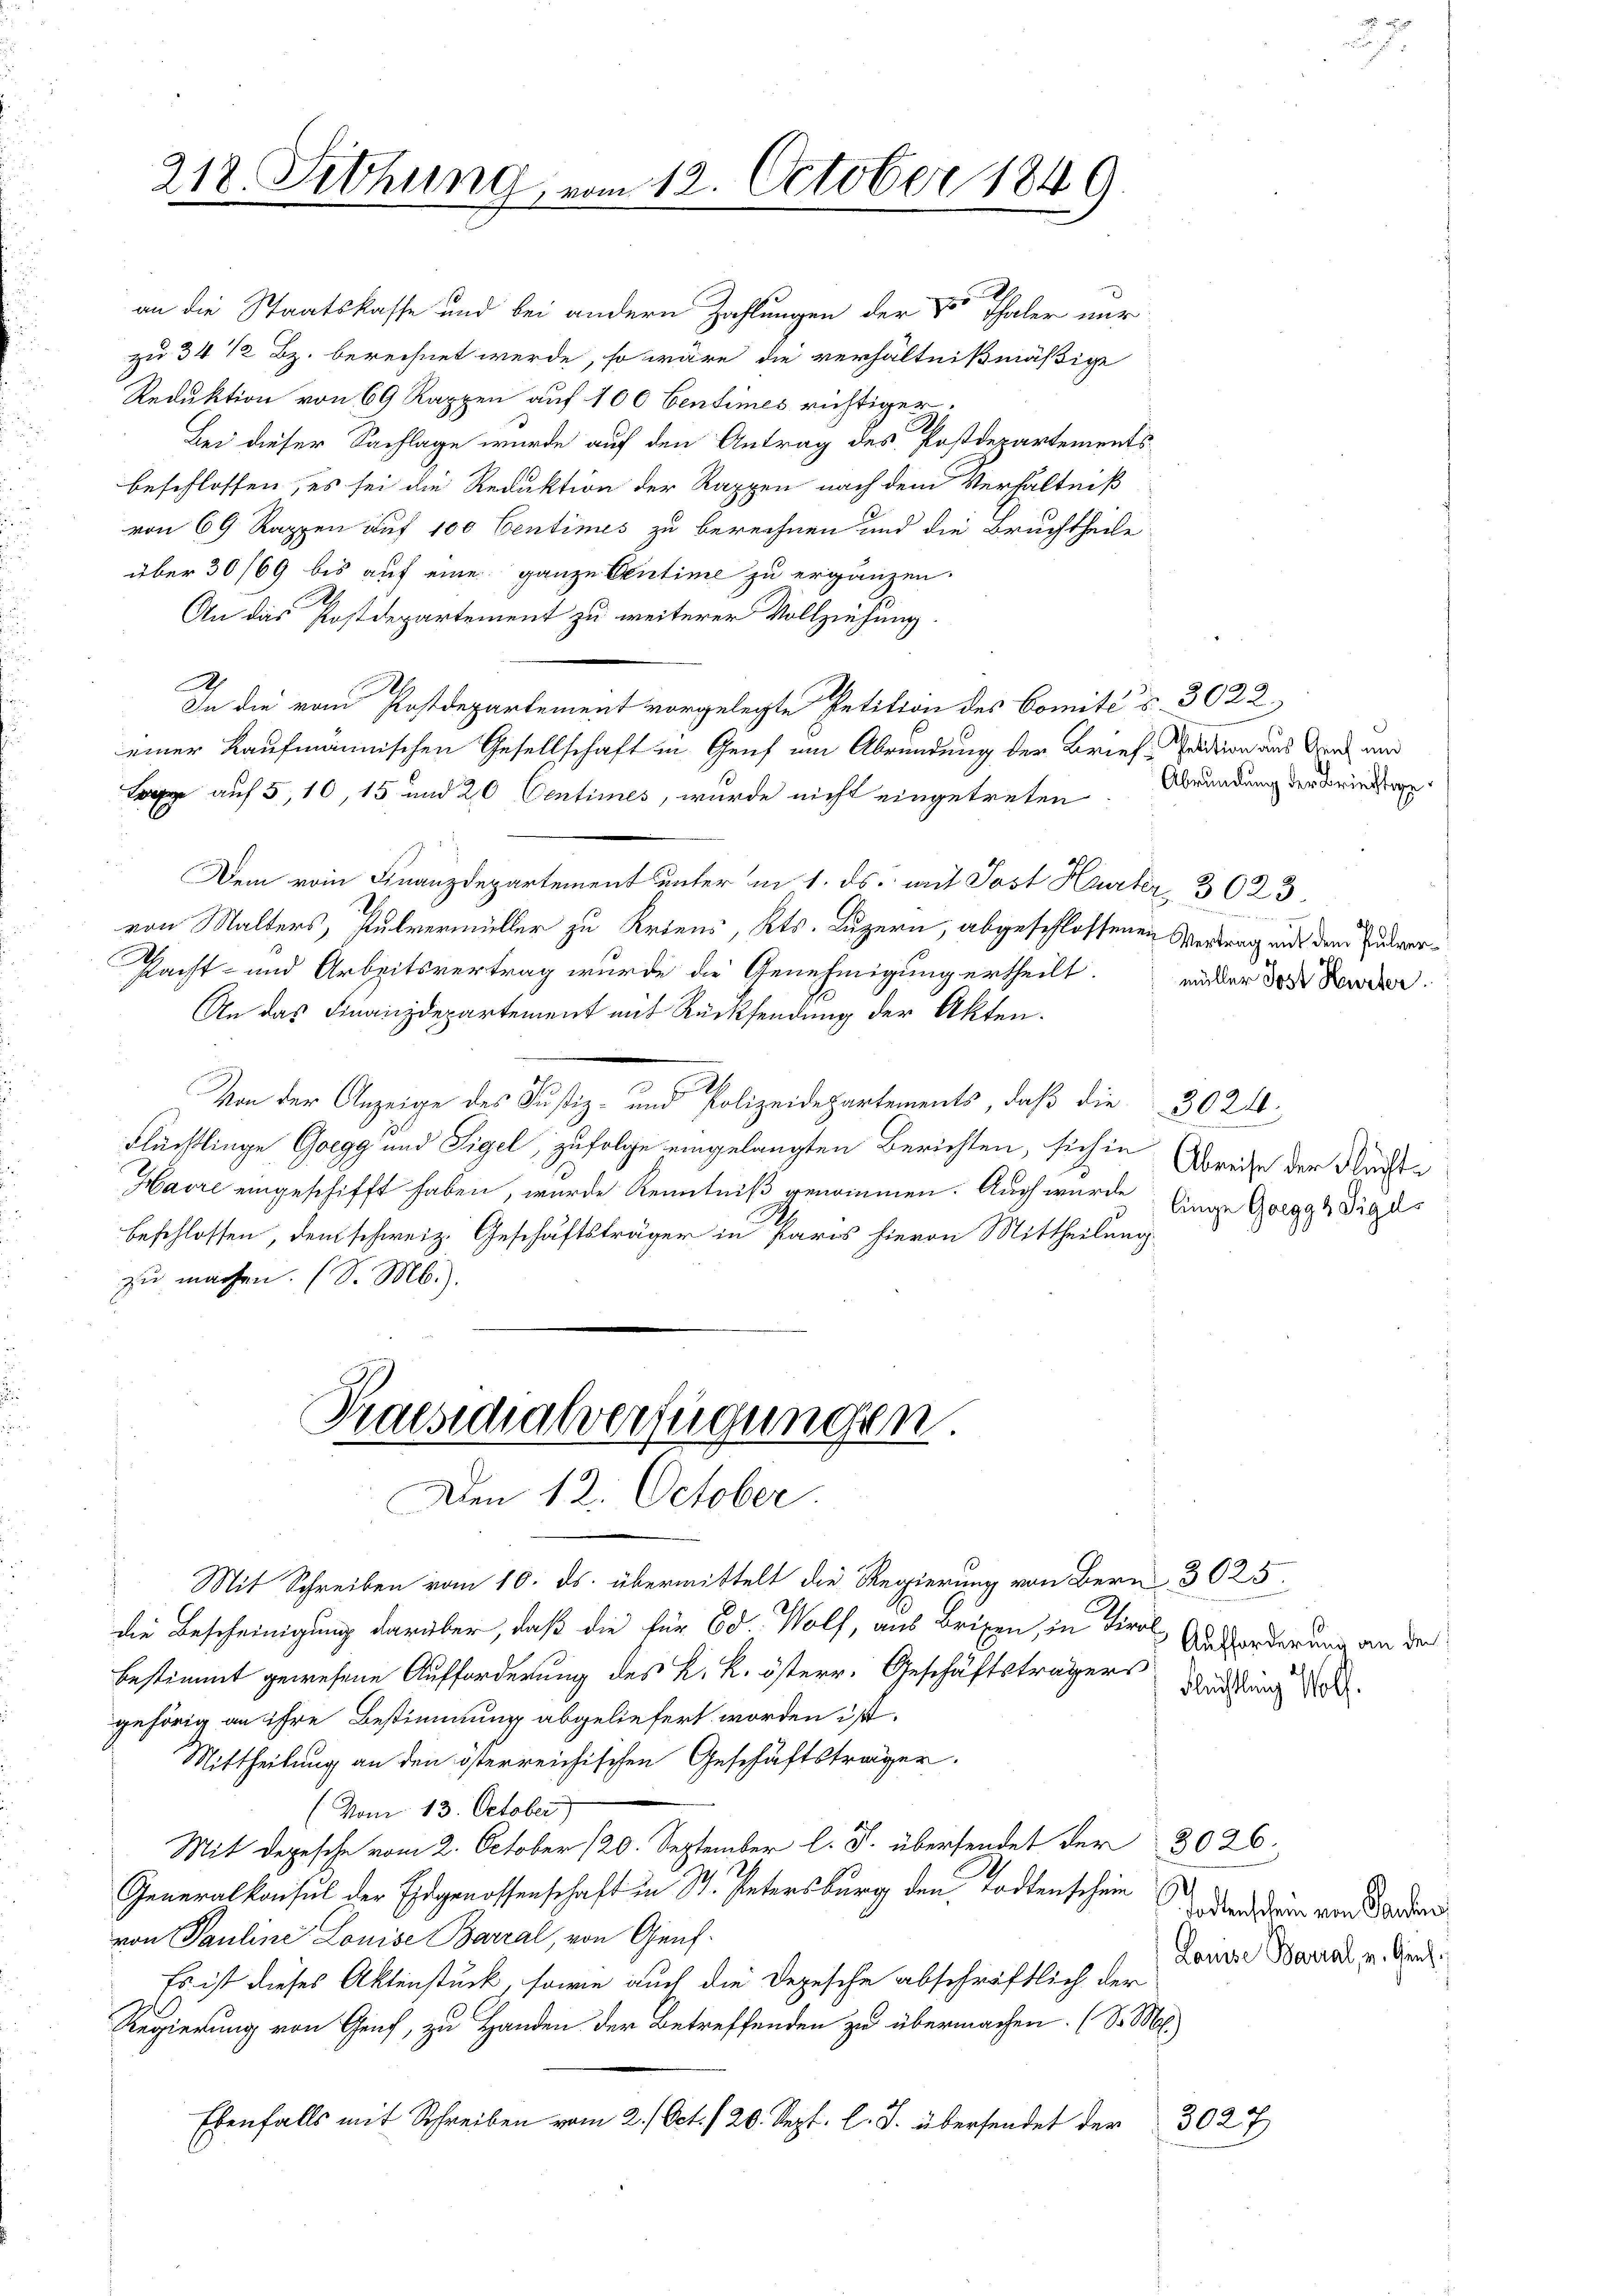
Reduktion von 69 Rappen auf 100 Centimes richtiger.
Bei dieser Sachlage wurde auf den Antrag des Postdepartementsbeschlossen, es sei die Reduktion der Rappen nach dem Verhältniß
von 69 Rappen auf 100 Centimes zu berechnen und die Bruchtheile
über 30/69 bis auf eine ganze Centime zu ergänzen.
An das Postdepartement zu weiterer Vollziehung.
A
9.
In die vom Postdepartement vorgelegte Petition des Comités 3022
einer Kaufmännischen Gesellschaft in Genf um Abründung der Briefertion aus der und
Lage auf 5,10, 15 und 20 Centimes, wurde nicht eingetreten
Dem vom Finanzdepartement unter in 1. ds. mit Post Harter, 3023.
von Malters, Pulvermüller zu Artens, Kts. Luzern, abgeschlossenen Vertrag und dem Endver¬
Pacht- und Arbeitsvertrag wurde die Genehmigung ertheilt.
An das Finanzdepartement mit Rücksendung der Akten.
Von der Anzeige des Justiz- und Polizeidepartements, daß die 3021.
Flüchtlinge Goegg und Sigel, zufolge eingelangten Berichten, sich in Dreise der Nachte
Havre eingeschifft haben, wurde Kenntniß genommen. Auch wurde Einge Gorgghdige
e
beschlossen, dem schweiz. Geschäftsträger in Paris hievon Mittheilung.
zu machen. (S. M.).

218. Sitzung, vom 12. October 1849

an die Staatskasse und bei andern Zahlungen der Vor Thaler nur
zu 34 1/2 Bz. berechnet werde, so wäre die verhältnißmäßige

Praesidialverfügungen.
Den 12. October.

Abrundung der Brieftige

müller Post Hurter.

Mit Schreiben vom 10. ds. übermittelt die Regierung von Bern 3025.
die Bescheinigung darüber, daß die für 60. Wolf, aus Brisen, in Tirol Unorderung an der
bestimmt gewesene Aufforderung des K. k. österr. Geschäftsträger Sandlung
gehörig an ihre Bestimmung abgeliefert worden ist.
Mittheilung an den österreichischen Geschäftsträger.
(Vom 13. October)
Mit Depesche vom 2. October 120. September l. J. übersendet der 3026.
2.
Generalkonsul der Eidgenossenschaft in S. Intersburg den Todtenschein
von Pauline Louise Barral, von Genf¬
Es ist dieses Aktenstück, sowie auch die Depesche abschriftlich der
Regierung von Genf, zu Handen der Betreffenden zu übermachen. (S. M.
Ebenfalls mit Schreiben vom 2./ Oct. f 20. Sept. l. J. übersendet der
3027

Todtenschein von Pandten
Louise Barial, u. Gel